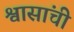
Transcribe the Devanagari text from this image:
श्वासांची